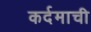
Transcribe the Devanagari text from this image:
कर्दमाची